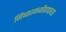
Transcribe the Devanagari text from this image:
निष्काळजीपणाच्या